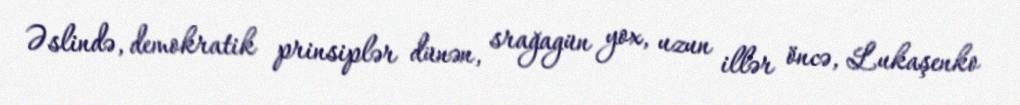
Əslində, demokratik prinsiplər dünən, srağagün yox, uzun illər öncə, Lukaşenko